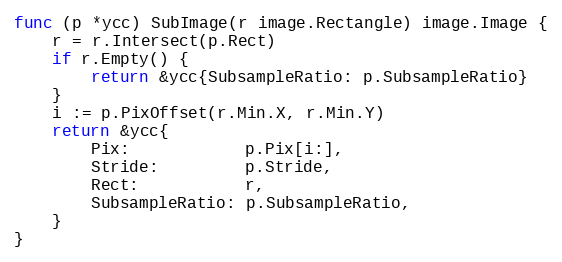
Language: Go
func (p *ycc) SubImage(r image.Rectangle) image.Image {
	r = r.Intersect(p.Rect)
	if r.Empty() {
		return &ycc{SubsampleRatio: p.SubsampleRatio}
	}
	i := p.PixOffset(r.Min.X, r.Min.Y)
	return &ycc{
		Pix:            p.Pix[i:],
		Stride:         p.Stride,
		Rect:           r,
		SubsampleRatio: p.SubsampleRatio,
	}
}